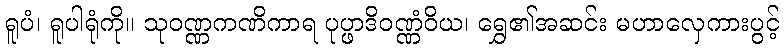
ရူပံ၊ ရူပါရုံကို။ သုဝဏ္ဏကဏိကာရ ပုပ္ဖာဒိဝဏ္ဏံဝိယ၊ ရွှေ၏အဆင်း မဟာလှေကားပွင့်